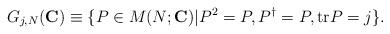
LaTeX: \begin{align*}G_{j,N}({\mathbf{C}}) \equiv \{ P \in M(N;{\mathbf{C}})| P^2=P, P^{\dag}=P, \mbox{tr}P=j \}.\end{align*}